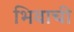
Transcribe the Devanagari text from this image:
भिवाची